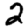
Digit: 2